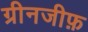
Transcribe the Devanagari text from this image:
ग्रीनजीफ़